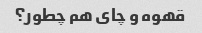
قهوه و چای هم چطور؟